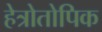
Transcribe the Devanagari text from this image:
हेत्रोतोपिक